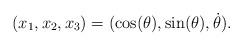
LaTeX: \begin{align*} (x_1,x_2,x_3) = (\cos(\theta),\sin(\theta),\dot\theta).\end{align*}